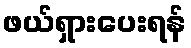
ဖယ်ရှားပေးရန်